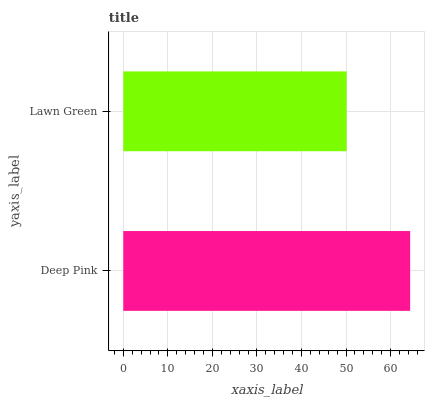
| yaxis_label | bars |
 | --- | --- |
 | Deep Pink | 64.4 |
 | Lawn Green | 50.1 |